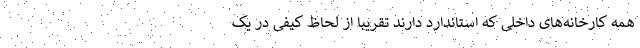
همه کارخانه‌های داخلی که استاندارد دارند تقریبا از لحاظ کیفی در یک